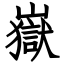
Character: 嶽